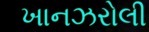
ખાનઝરોલી